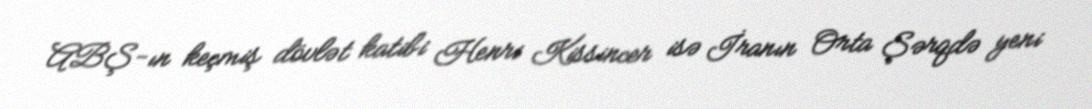
ABŞ-ın keçmiş dövlət katibi Henri Kissincer isə İranın Orta Şərqdə yeni